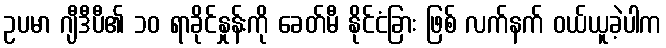
ဥပမာ ဂျီဒီပီ၏ ၁၀ ရာခိုင်နှုန်းကို ခေတ်မီ နိုင်ငံခြား ဖြစ် လက်နက် ဝယ်ယူခဲ့ပါက